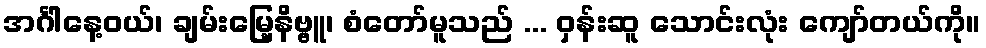
အင်္ဂါနေ့ဝယ်၊ ချမ်းမြေ့နိဗ္ဗူ၊ စံတော်မူသည် ... ဝှန်းဆူ သောင်းလုံး ကျော်တယ်ကို။